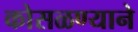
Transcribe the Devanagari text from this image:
कोसळण्याने